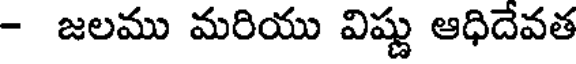
- జలము మరియు విష్ణు ఆధిదేవత